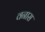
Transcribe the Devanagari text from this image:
वनास